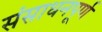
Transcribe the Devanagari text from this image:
संसाधनपूर्ण